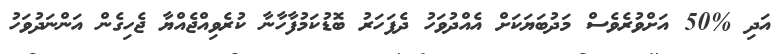
އަދި %50 އަށްވުރެވެސް މަދުބަޔަކަށް އެއްދުވަހު ދެފަހަރު ބޮޑުކަމުފާހާނާ ކުރެވިއްޖެއްޔާ ޖެހިގެން އަންނަދުވަހު